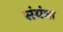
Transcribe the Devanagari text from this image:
संयंत्रा